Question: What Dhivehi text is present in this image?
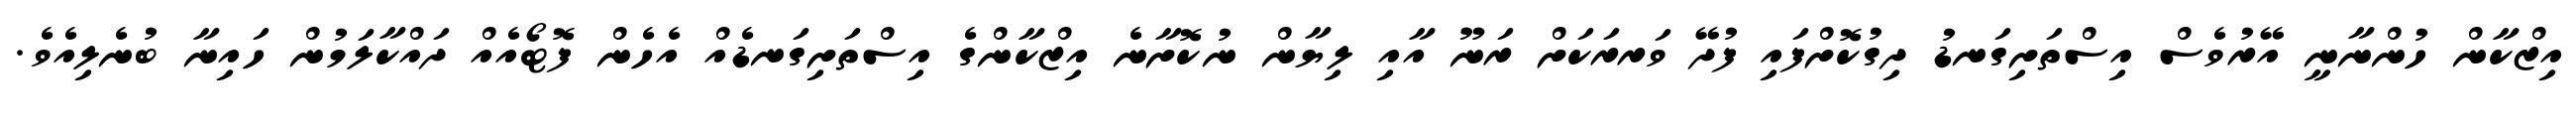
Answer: އިޒްކާން ހުންނާނީ އޭރުވެސް އިސްތަށިގަނޑު ދިގުކޮށްފައި ފުދޭ ވަރރަކަށް ރަނޫ އާއި ލިޔާން ނުކޮށާނެ އިޒްކާންގެ އިސްތަށިގަނޑެއް އެހެން ފޮޓޯއެއް ދައްކާލަމުން ހައިނާ ބުނެލިއެވެ.